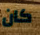
كان